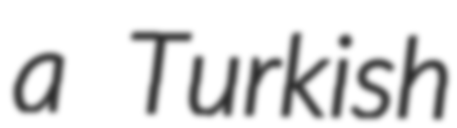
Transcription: a Turkish